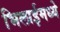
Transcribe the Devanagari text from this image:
भिलाईमध्ये